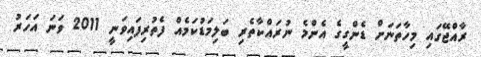
ރާއްޖޭގައި މިހާތަނަށް ޑެންގީގެ އެންމެ ނުރައްކާތެރި ބަލިމަޑުކަމެއް ފެތުރިފައިވަނީ 2011 ވަނަ އަހަރު